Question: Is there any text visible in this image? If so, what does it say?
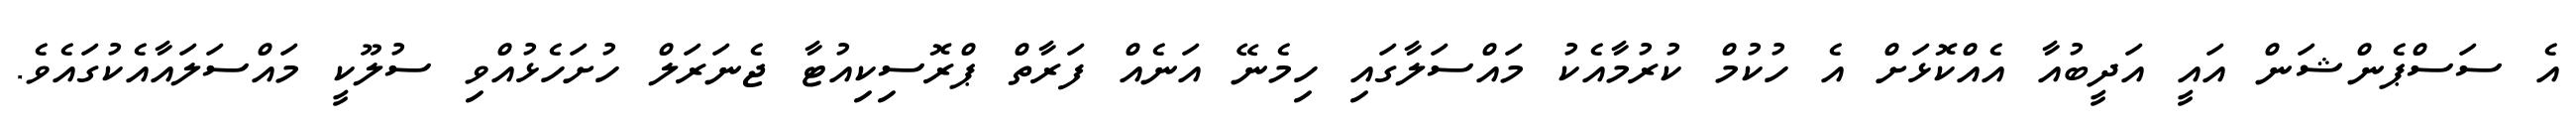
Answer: އެ ސަސްޕެންޝަން އައީ އަދީބުއާ އެއްކޮޅަށް އެ ހުކުމް ކުރުމާއެކު މައްސަލާގައި ހިމެނޭ އަނެއް ފަރާތް ޕްރޮސިކިއުޓާ ޖެނަރަލް ހުށަހެޅުއްވި ސުލޫކީ މައްސަލައާއެކުގައެވެ.